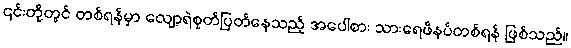
၎င်းတို့တွင် တစ်ရန်မှာ လျော့ရဲစုတ်ပြတ်နေသည့် အပေါစား သားရေဖိနပ်တစ်ရန် ဖြစ်သည်။